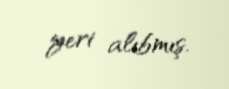
yeri alıbmış.